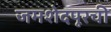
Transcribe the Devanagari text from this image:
जमशेदपूरची